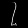
Digit: ၇